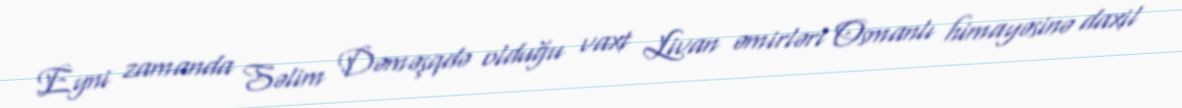
Eyni zamanda Səlim Dəməşqdə olduğu vaxt Livan əmirləri Osmanlı himayəsinə daxil